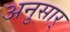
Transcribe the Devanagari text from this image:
अनुसार्